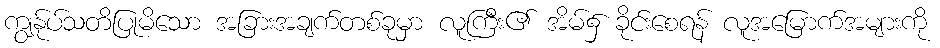
ကျွန်ုပ်သတိပြုမိသော အခြားအချက်တစ်ခုမှာ လူကြီး၏ အိမ်၌ ခိုင်းစေရန် လူအမြောက်အများကို